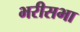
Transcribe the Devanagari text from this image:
भरीसभा